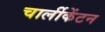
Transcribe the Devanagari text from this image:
चार्लीकेंटन